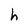
Character: h